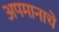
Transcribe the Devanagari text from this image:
अपमानाचे